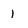
Character: 1